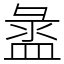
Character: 盝